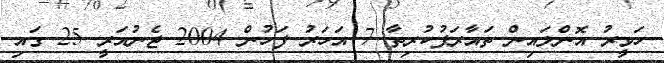
ހަވީރު އޮންލައިން ތައާރަފުކުރިތާ 7 އަހަރު ފަހުން 2004 ޖެނުއަރީ 25 ގައި